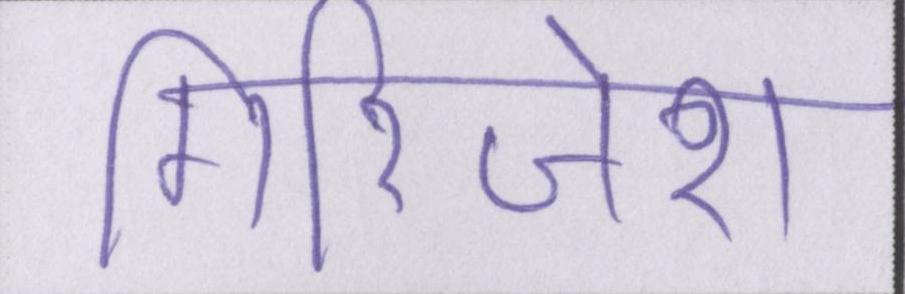
गिरिजेश